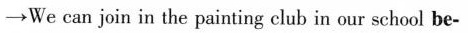
\to We can join in the painting club in our school be-